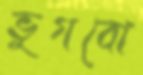
ভুগবো